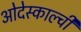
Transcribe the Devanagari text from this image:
ओदेस्काल्ची